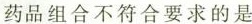
药品组合不符合要求的是